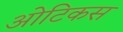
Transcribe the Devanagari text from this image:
ओटिकस